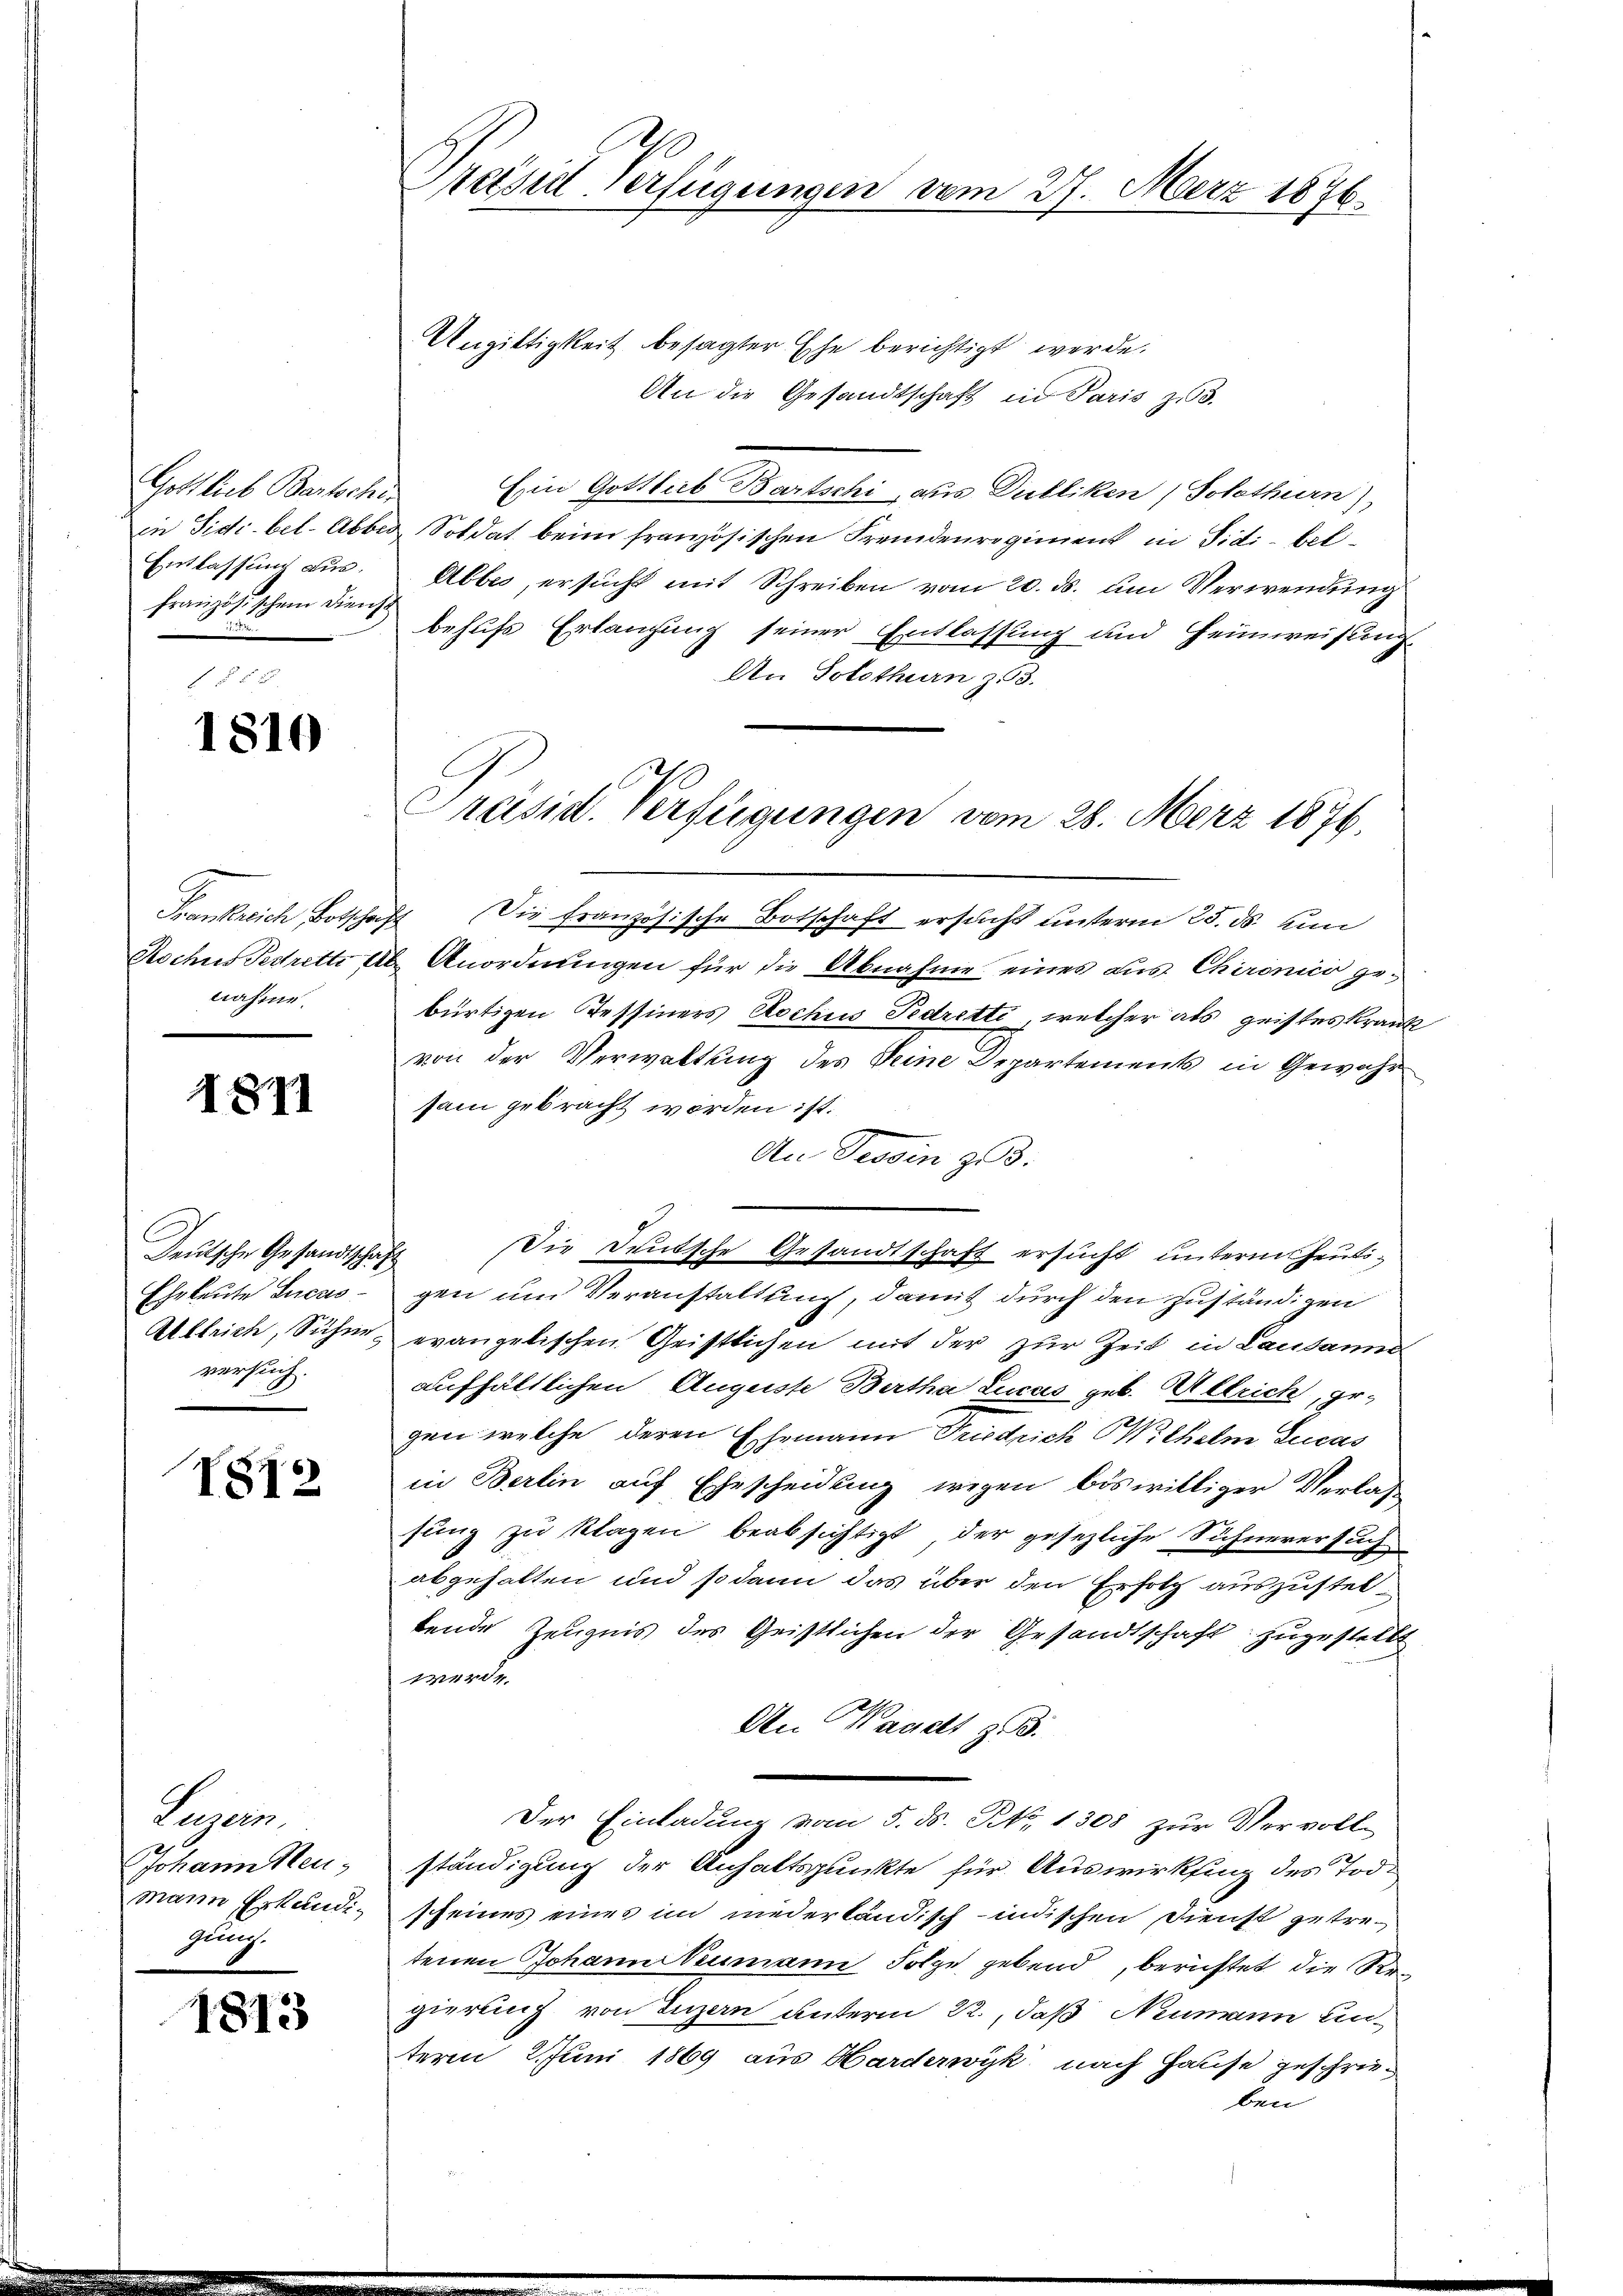
Gottlieb Bartschi,
Entlassung aus.
Französischen Dienst

1810

nahme.

1871

Deutsche Gesandtschaft
Eheleute Lucas
versuch.

II2

Papier
Johann Neumann Erkundiglich.

1813

Präsid Verfügungen vom 27. März 1876

Ungiltigkeit besagter Ehe berichtigt werde.
An die Gesandtschaft in Paris zu 3.
Ein Gottlieb Bartschi, aus Dulliken, Solothurn),
in Sittibel-Abbes Soldat beim französischen Fremdenregiment in Sidi-bel¬
Abbes, ersucht mit Schreiben vom 20. ds. um Verwendung
behufs Erlangung seiner Entlassung und Heimweisung
An Solothurn zu 3.
Frankreich Botschaft Die französische Botschaft ersucht unterm 25. ds. um
Rochus Pedrette ab Anordnungen für die Abnahme eines aus Chironico gebürtigen Tessiners Rochus Pedretti welcher als geistes Krank
von der Verwaltung des Seine Departements in Gewähr
sam gebracht worden ist.
An Tessin z. B.
Die Deutsche Gesandtschaft ersucht unterm heutigen um Veranstaltung, damit durch den zuständigen
Albleich, Siche evangelischen Gristlichen mit der zur Zeit in Lausanne
aufhältlichen Auguste Bertha Lucas geb. Alleich, gegen welche deren Ehemann Friedrich Wilhelm Lucas
in Berlin auf Ehescheidung wegen böswilliger Verlas
sung zu klagen beabsichtigt, der gesezliche Sichnerersuch
abgehalten und sodann das über den Erfolg auszusteltende Zeugnis des Geistlichen der Gesandtschaft zugestellt
werde.
An Waadt z. B.
Der Einladung vom 5. ds. No. 1308 zur Vervoll-
ständigung der Anhaltspunkte für Auswirkung des Tode
scheines eines im niederländisch-indischen Dienst getretenen Johann Neumann Folge gebend, berichtet die Regierung von Luzern unterm 22., daß Neumann unterm Juni 1869 aus Harderwyk nach Hause geschrieben

Präsid. Verfügungen vom 28. März 1876.